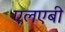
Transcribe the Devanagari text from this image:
एलएबी